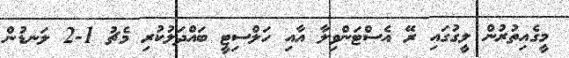
މީގެއިތުރުން ލީގުގައި ރޭ އެސްޓަންވިލާ އާއި ހަލްސިޓީ ބައްދަލުކުރި މެޗު 1-2 ލަނޑުން